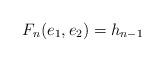
LaTeX: \begin{align*}F_n(e_1,e_2) = h_{n-1}\end{align*}